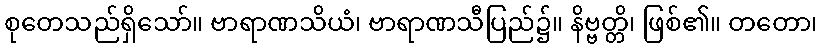
စုတေသည်ရှိသော်။ ဗာရာဏသိယံ၊ ဗာရာဏသီပြည်၌။ နိဗ္ဗတ္တိ၊ ဖြစ်၏။ တတော၊